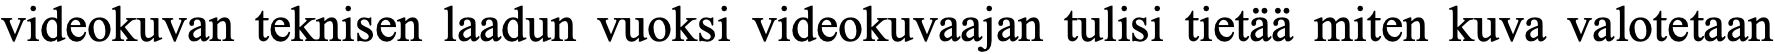
videokuvan teknisen laadun vuoksi videokuvaajan tulisi tietää miten kuva valotetaan